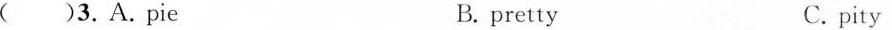
()3.A.pie B.pretty C.pity